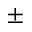
\pm